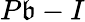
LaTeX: P\mathfrak{b}-I